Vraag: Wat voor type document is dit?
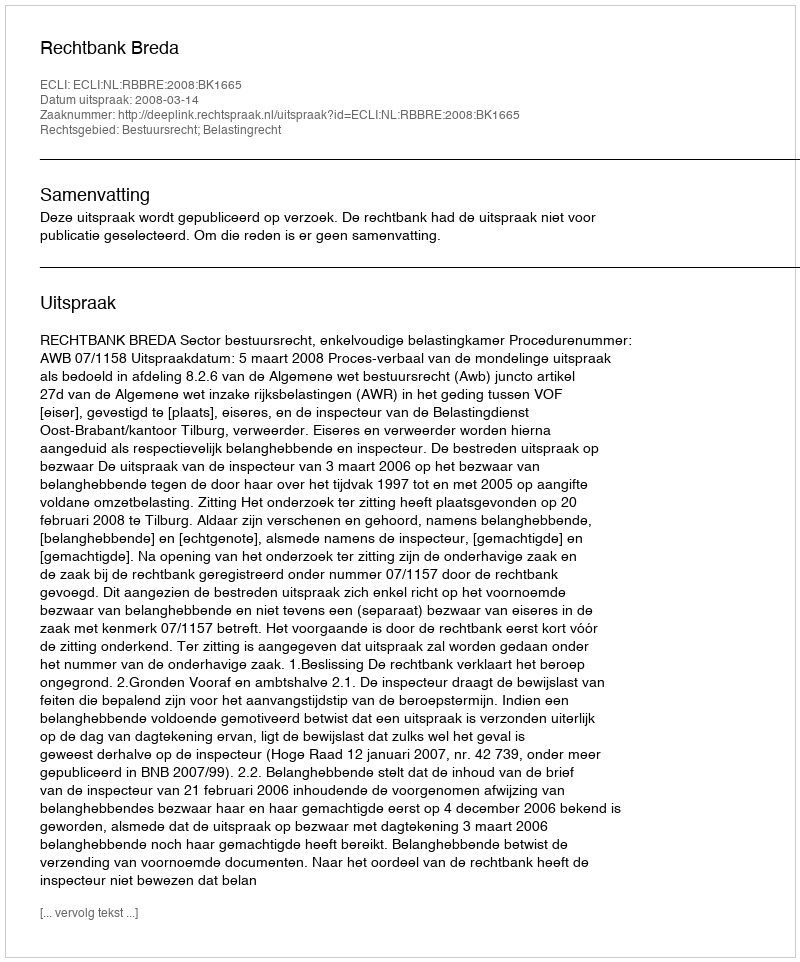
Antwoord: Uitspraak